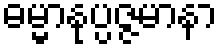
ဓမ္မာနုပ္ပဇ္ဇမာနာ